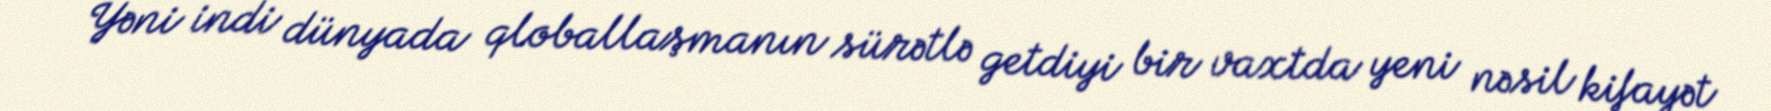
Yəni indi dünyada qloballaşmanın sürətlə getdiyi bir vaxtda yeni nəsil kifayət